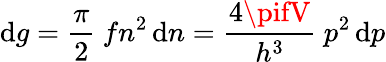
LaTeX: \mathrm{d}g={\frac{{\pi}}{{2}}}~fn^{2}\, \mathrm{d}n={\frac{{4\pifV}}{{h^{3}}}}~p^{2}\, \mathrm{d}p